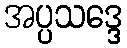
အပ္ပသဒ္ဒေ